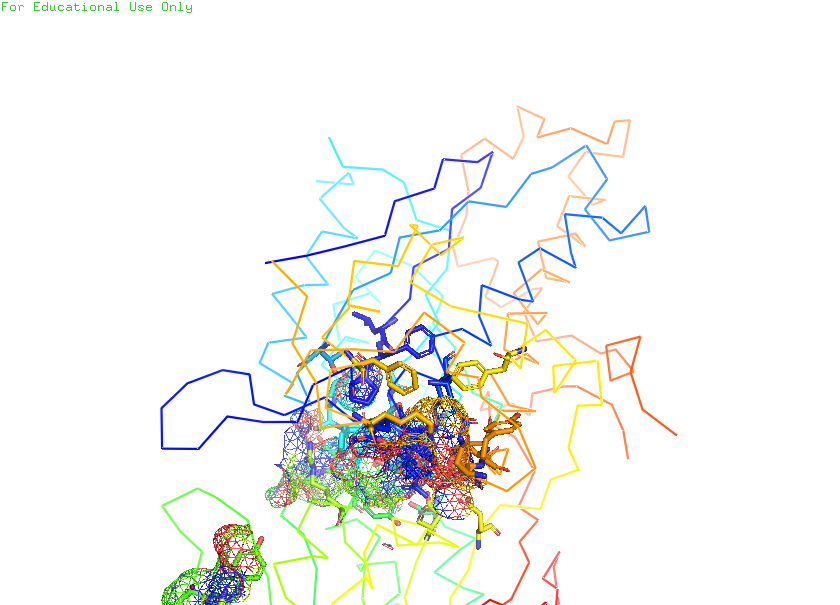
pymol, preset, ligand_sites_mesh